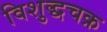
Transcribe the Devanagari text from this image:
विशुद्धचक्र